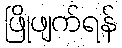
ဖြိုဖျက်ရန်